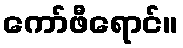
ကော်ဖီရောင်။